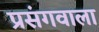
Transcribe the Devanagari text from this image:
प्रसंगवाला